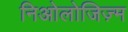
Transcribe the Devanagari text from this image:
निओलोजिज़्म